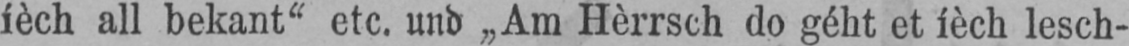
ièch all bekant“ etc. und „Am Hèrrsch do géht et ièch lesch-